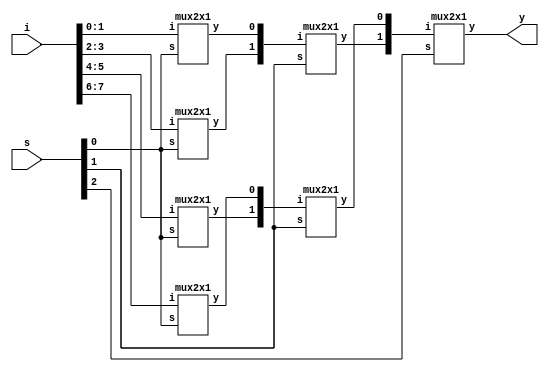
`timescale 1ns / 1ps
//////////////////////////////////////////////////////////////////////////////////
// Company: 
// Engineer: 
// 
// Design Name: 
// Module Name: mux8x1_mux2x1
// Project Name: 
// Target Devices: 
// Tool Versions: 
// Description: 
// 
// Dependencies: 
// 
// Revision:
// Revision 0.01 - File Created
// Additional Comments:
// 
//////////////////////////////////////////////////////////////////////////////////


module mux8x1_2x1(i,s,y);
input[7:0]i;
input[2:0]s;
output y;

wire w1,w2,w3,w4,w5,w6;

mux2x1 m1(i[1:0],s[0],w1);
mux2x1 m2(i[3:2],s[0],w2);
mux2x1 m3(i[5:4],s[0],w3);
mux2x1 m4(i[7:6],s[0],w4);
mux2x1 m5({w2,w1},s[1],w5);
mux2x1 m6({w3,w4},s[1],w6);
mux2x1 m7({w5,w6},s[2],y);

endmodule


module mux2x1(i,s,y);

input[1:0]i;
input s;
output y;

assign y=(~s&i[0])|(s&i[1]);
endmodule